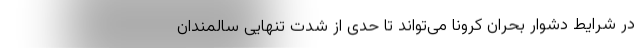
در شرایط دشوار بحران کرونا می‌تواند تا حدی از شدت تنهایی سالمندان